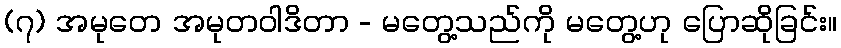
(၇) အမုတေ အမုတဝါဒိတာ - မတွေ့သည်ကို မတွေ့ဟု ပြောဆိုခြင်း။